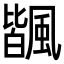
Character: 𩘅